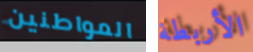
المواطنين الأربطة